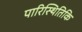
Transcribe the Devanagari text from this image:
पारिस्थितिकि